Annual report of the Bengal Veterinary College and of the Civil Veterinary Department, Bengal, for the year 1910-1911 - 1910-1911
Year: 1910
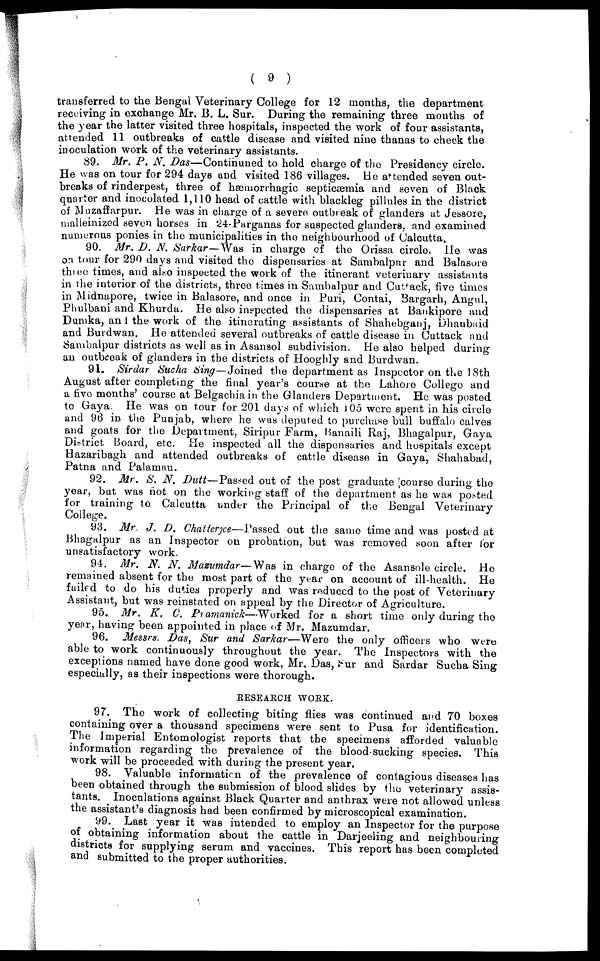
( 9 )
transferred to the Bengal Veterinary College for 12 months, the department
receiving in exchange Mr. B. L. Sur. During the remaining three mouths of
the year the latter visited three hospitals, inspected the work of four assistants,
attended 11 outbreaks of cattle disease and visited nine thanas to check the
inoculation work of the veterinary assistants.
89. Mr. P. N. Das—Continuned to hold charge of the Presidency circle.
He was on tour for 294 days and visited 186 villages. He attended seven out-
breaks of rinderpest, three of hæmorrhagic septicaemia and seven of Black
quarter and inocolated 1,110 head of cattle with blackleg pillules in the district
of Muzaffarpur. He was in charge of a severe outbreak of glanders at Jessore,
malleinized seven horses in 24-Parganas for suspected glanders, and examined
numerous ponies in the municipalities in the neighbourhood of Calcutta.
90. Mr. D. N. Sarkar—Was in charge of the Orissa circle. He was
on tour for 290 days and visited the dispensaries at Sambalpur and Balasore
three times, and also inspected the work of the itinerant veterinary assistants
in the interior of the districts, three times in Sambalpur and Cuttack, five times
in Midnapore, twice in Balasore, and once in Puri, Contai, Sargarh, Angul,
Phulbani and Khurda. He also inspected the dispensaries at Bankipore and
Dumka, and the work of the itinerating assistants of Shahebganj, Dhaubaid
and Burdwan. He attended several outbreaks of cattle disease in Cuttack and
Sambalpur districts as well as in Asansol subdivision. He also helped during
an outbceak of glanders in the districts of Hooghly and Burdwan.
91. Sirdar Sucha Sing—Joined the department as Inspector on the 18th
August after completing the final year's course at the Lahore College and
a five months' course at Belgachia in the Glanders Department. He was posted
to Gaya. He was on tour for 201 days of which 105 were spent in his circle
and 96 in the Punjab, where he was deputed to purchase bull buffalo calves
and goats for the Department, Siripur Farm, Banaili Raj, Bhagalpur, Gaya
District Board, etc. He inspected all the dispensaries and hospitals except
Hazaribagh and attended outbreaks of cattle disease in Gaya, Shahabad,
Patna and Palamau.
92. Mr. S. N. Dutt—Passed out of the post graduate course during the
year, but was not on the working staff of the department as he was posted
for training to Calcutta under the Principal of the Bengal Veterinary
College.
93. Mr. J. D. Chatterjce—Passed out the same time and was posted at
Bhagalpur as an Inspector on probation, but was removed soon after for
unsatisfactory work.
94. Mr. N. N. Mazumdar—Was in charge of the Asansole circle. He
remained absent for the most part of the year on account of ill-health. He
failed to do his duties properly and was reduccd to the post of Veterinary
Assistant, but was reinstated on appeal by the Director of Agriculture.
95. Mr. E. V, Pramanick—Worked for a short time only during the
year, having been appointed in place of Mr. Mazumdar.
96. Messrs. Das, Sur and Sarkar—Were the only officers who were
able to work continuously throughout the year. The Inspectors with the
exceptions named have done good work, Mr. Das, Sur and Sardar Sucha Sing
especially, as their inspections were thorough.
RESEARCH WORK.
97. The work of collecting biting flies was continued and 70 boxes
containing over a thousand specimens were sent to Pusa for identification.
The Imperial Entomologist reports that the specimens afforded valuable
information regarding the prevalence of the blood-sucking species. This
work will be proceeded with during the present year.
98. Valuable information of the prevalence of contagious diseases has
been obtained through the submission of blood slides by the veterinary assis-
tants. Inoculations against Black Quarter and anthrax were not allowed unless
the assistant's diagnosis had been confirmed by microscopical examination.
99. Last year it was intended to employ an Inspector for the purpose
of obtaining information about the cattle in Darjeeling and neighbouring
districts for supplying serum and vaccines. This report has been completed
and submitted to the proper authorities.